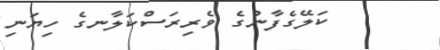
ކަލޭގެފާނުގެ ވެރިރަސްކަލާނގެ ހިޔަނި